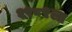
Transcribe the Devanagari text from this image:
१९८९ला